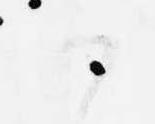
候